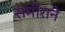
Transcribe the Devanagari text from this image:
समीराने